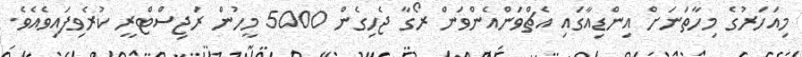
މިއަހަރުގެ މިހާތަނަށް އިންޑިއާގައި އެޗްވަންއެންވަން ރޯގާ ޖެހިގެން 5000 މީހުން ރަޖިސްޓްރީ ކުރެވިފައިވެއެވެ.